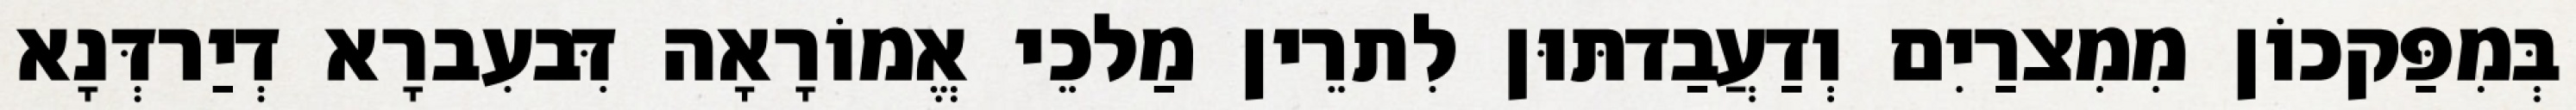
בְּמִפַּקכוֹן מִמִצרַיִם וְדַעֲבַדתּוּן לִתרֵין מַלכֵי אֱמוֹרָאָה דִּבעִברָא דְיַרדְּנָא